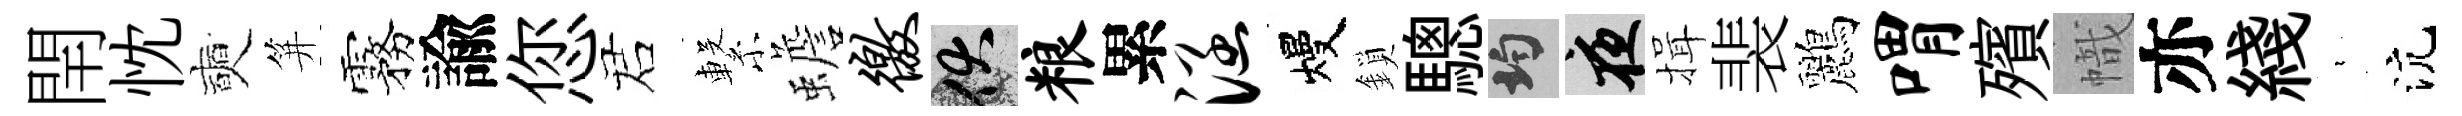
閈忱奭笄霧諭您诺繋蟾徼伏粮累涵熳鎖驄均夜揖裴鸝喟殯幟亦綫裊沆